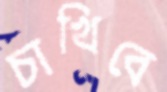
চাখিবে